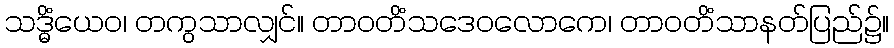
သဒ္ဓိံယေဝ၊ တကွသာလျှင်။ တာဝတိံသဒေဝလောကေ၊ တာဝတိံသာနတ်ပြည်၌။